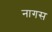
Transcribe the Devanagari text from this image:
नागस